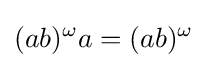
(ab)^{\omega }a=(ab)^{\omega }